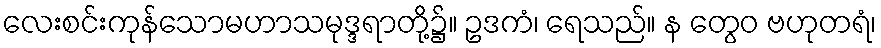
လေးစင်းကုန်သောမဟာသမုဒ္ဒရာတို့၌။ ဥဒကံ၊ ရေသည်။ န တွေဝ ဗဟုတရံ၊